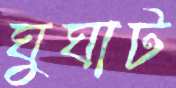
ঘুঘাট